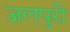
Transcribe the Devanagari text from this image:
जलपुरी